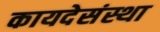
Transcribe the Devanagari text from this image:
कायदेसंस्था